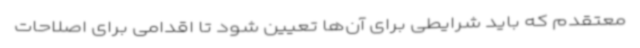
معتقدم که باید شرایطی برای آن‌ها تعیین شود تا اقدامی برای اصلاحات